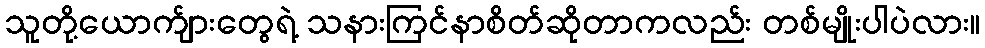
သူတို့ယောက်ျားတွေရဲ့ သနားကြင်နာစိတ်ဆိုတာကလည်း တစ်မျိုးပါပဲလား။